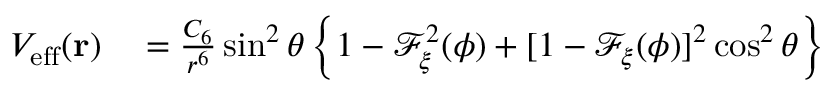
\begin{array} { r l } { V _ { \mathrm { e f f } } ( \mathbf { r } ) } & { { } = \frac { C _ { 6 } } { r ^ { 6 } } \sin ^ { 2 } \theta \left\{ 1 - \mathcal { F } _ { \xi } ^ { 2 } ( \phi ) + [ 1 - \mathcal { F } _ { \xi } ( \phi ) ] ^ { 2 } \cos ^ { 2 } \theta \right\} } \end{array}